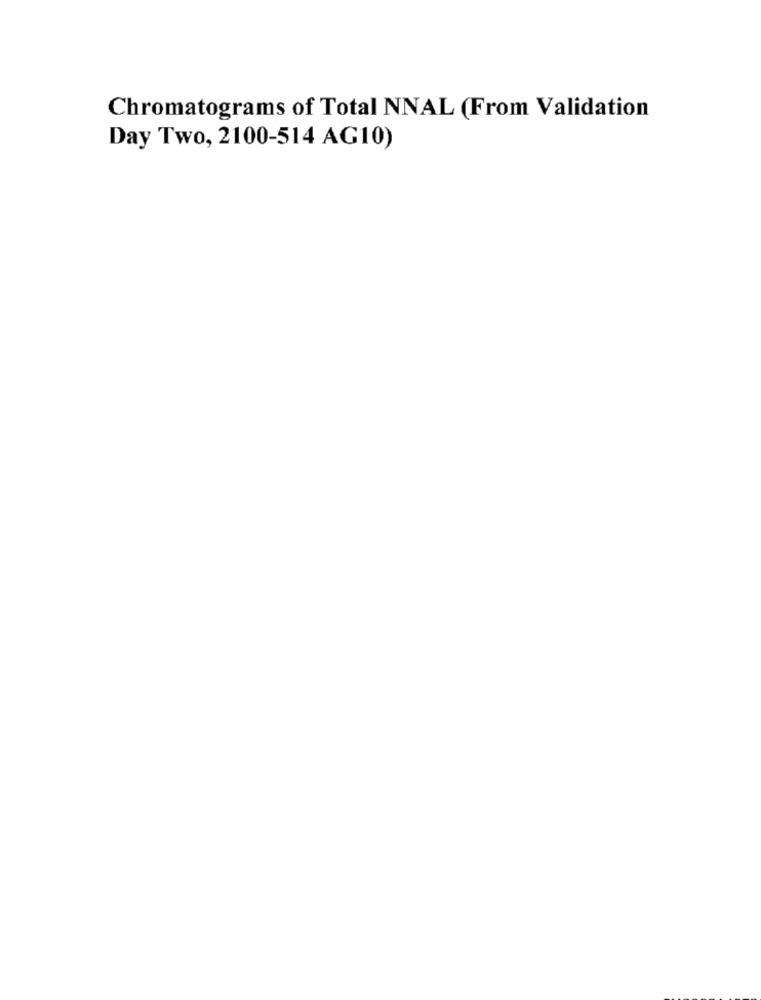
Chromatograms of Total NNAL (From Validation
Day Two, 2100-514 AG10)